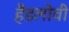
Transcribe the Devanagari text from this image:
हैंडलोवी